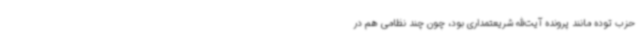
حزب توده مانند پرونده آیت‌الله شریعتمداری بود، چون چند نظامی هم در